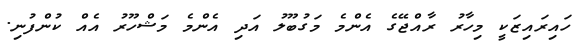
ހައިރައިޒަކީ މިހާރު ރާއްޖޭގެ އެންމެ މަގުބޫލު އަދި އެންމެ މަޝްހޫރު އެއް ކުންފުނި.